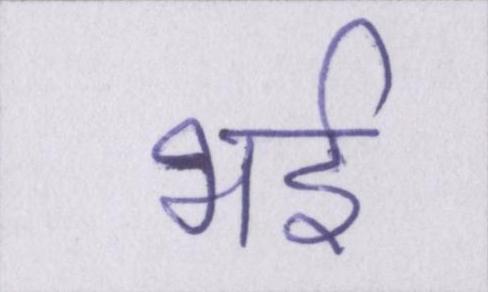
भई